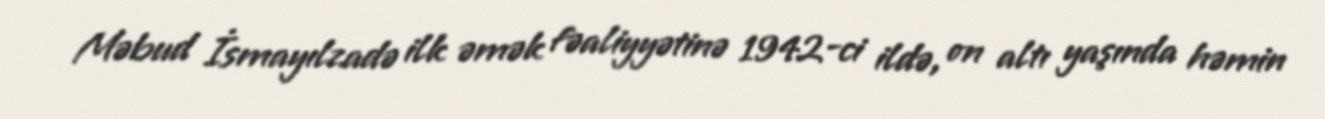
Məbud İsmayılzadə ilk əmək fəaliyyətinə 1942-ci ildə, on altı yaşında həmin